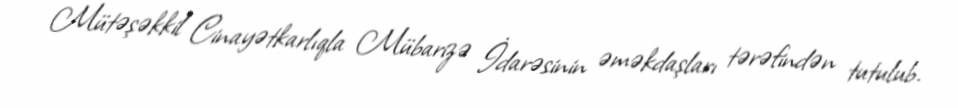
Mütəşəkkil Cinayətkarlıqla Mübarizə İdarəsinin əməkdaşları tərəfindən tutulub.